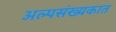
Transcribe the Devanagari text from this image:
अल्पसंख्यकात